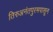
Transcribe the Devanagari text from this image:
तिरुअनंतपुरमपासून